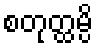
စတုတ္ထမ္ပိ